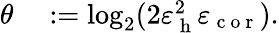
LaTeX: \begin{array}{rl}{\theta}&{{}:=\log_{2}(2\varepsilon_{\mathrm{~h~}}^{2}\varepsilon_{\mathrm{~c~o~r~}}).}\end{array}